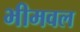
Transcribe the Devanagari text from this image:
भीमवल